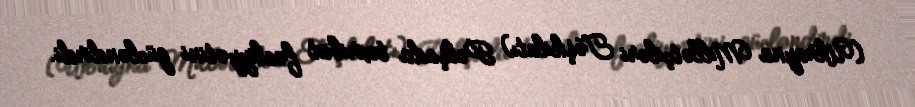
(Ukrayna Millətçiləri Təşkilatı) Polşada təxribat fəaliyyətini gücləndirdi.